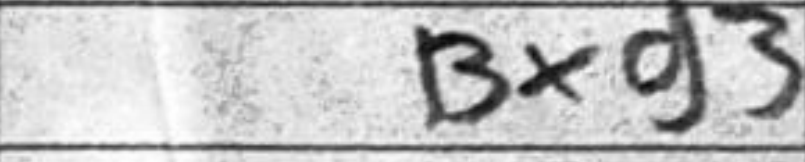
Transcription: Bxg3